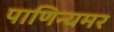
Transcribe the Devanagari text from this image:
पाणिन्यमर